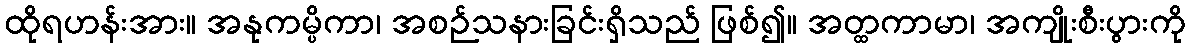
ထိုရဟန်းအား။ အနုကမ္ပိကာ၊ အစဉ်သနားခြင်းရှိသည် ဖြစ်၍။ အတ္ထကာမာ၊ အကျိုးစီးပွားကို